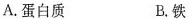
A. 蛋白质 B. 铁